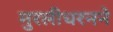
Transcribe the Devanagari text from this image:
मुरलीधरनने